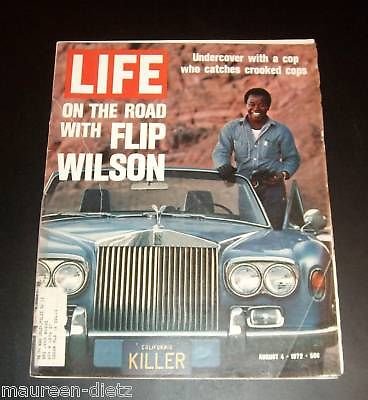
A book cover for Life Magazine, August 4, 1972; Science & Math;